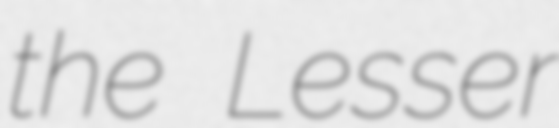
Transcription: the Lesser